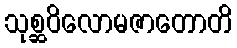
သုစ္ဆဝိလောမဇာတောတိ